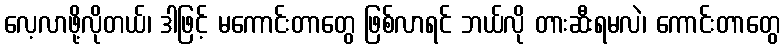
လေ့လာဖို့လိုတယ်၊ ဒါဖြင့် မကောင်းတာတွေ ဖြစ်လာရင် ဘယ်လို တားဆီးရမလဲ၊ ကောင်းတာတွေ